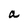
Character: a